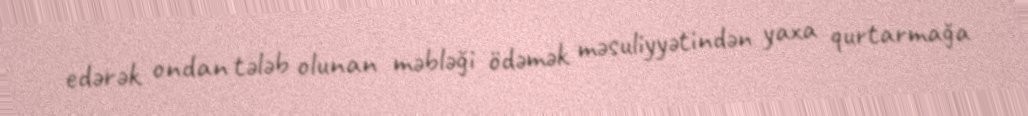
edərək ondan tələb olunan məbləği ödəmək məsuliyyətindən yaxa qurtarmağa